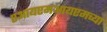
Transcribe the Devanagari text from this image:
एआयएमआयएमच्या